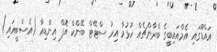
އައްޑޫގައި އެމްއައިބީގެ ބްރާންޗެއް ހުޅުވާ އިރު ސްޓޭޓް ބޭންކް އޮފް އިންޑިއާ (އެސްބީއައި)